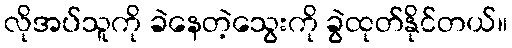
လိုအပ်သူကို ခဲနေတဲ့သွေးကို ခွဲထုတ်နိုင်တယ်။